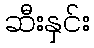
ဆီးနှင်း